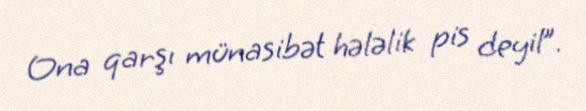
Ona qarşı münasibət hələlik pis deyil”.